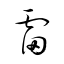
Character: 雷